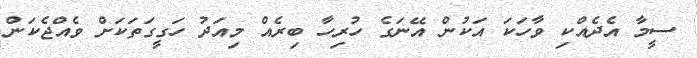
ސީމާ އެދެއްކި ވާހަކަ އަކުން އޭނަގެ ހުރިހާ ބިރެއް މިއަދު ހަގީގަތަކަށް ވެއްޖެކަން